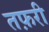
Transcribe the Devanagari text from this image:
तफ़री